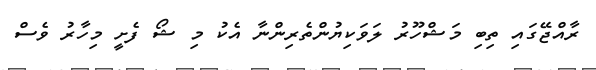
ރާއްޖޭގައި ތިބި މަޝްހޫރު ލަވަކިޔުންތެރިންނާ އެކު މި ޝޯ ފެށީ މިހާރު ވެސް